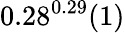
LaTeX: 0.28^{0.29}(1)